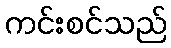
ကင်းစင်သည်